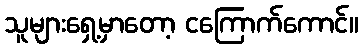
သူများရှေ့မှာတော့ ငကြောက်ကောင်။